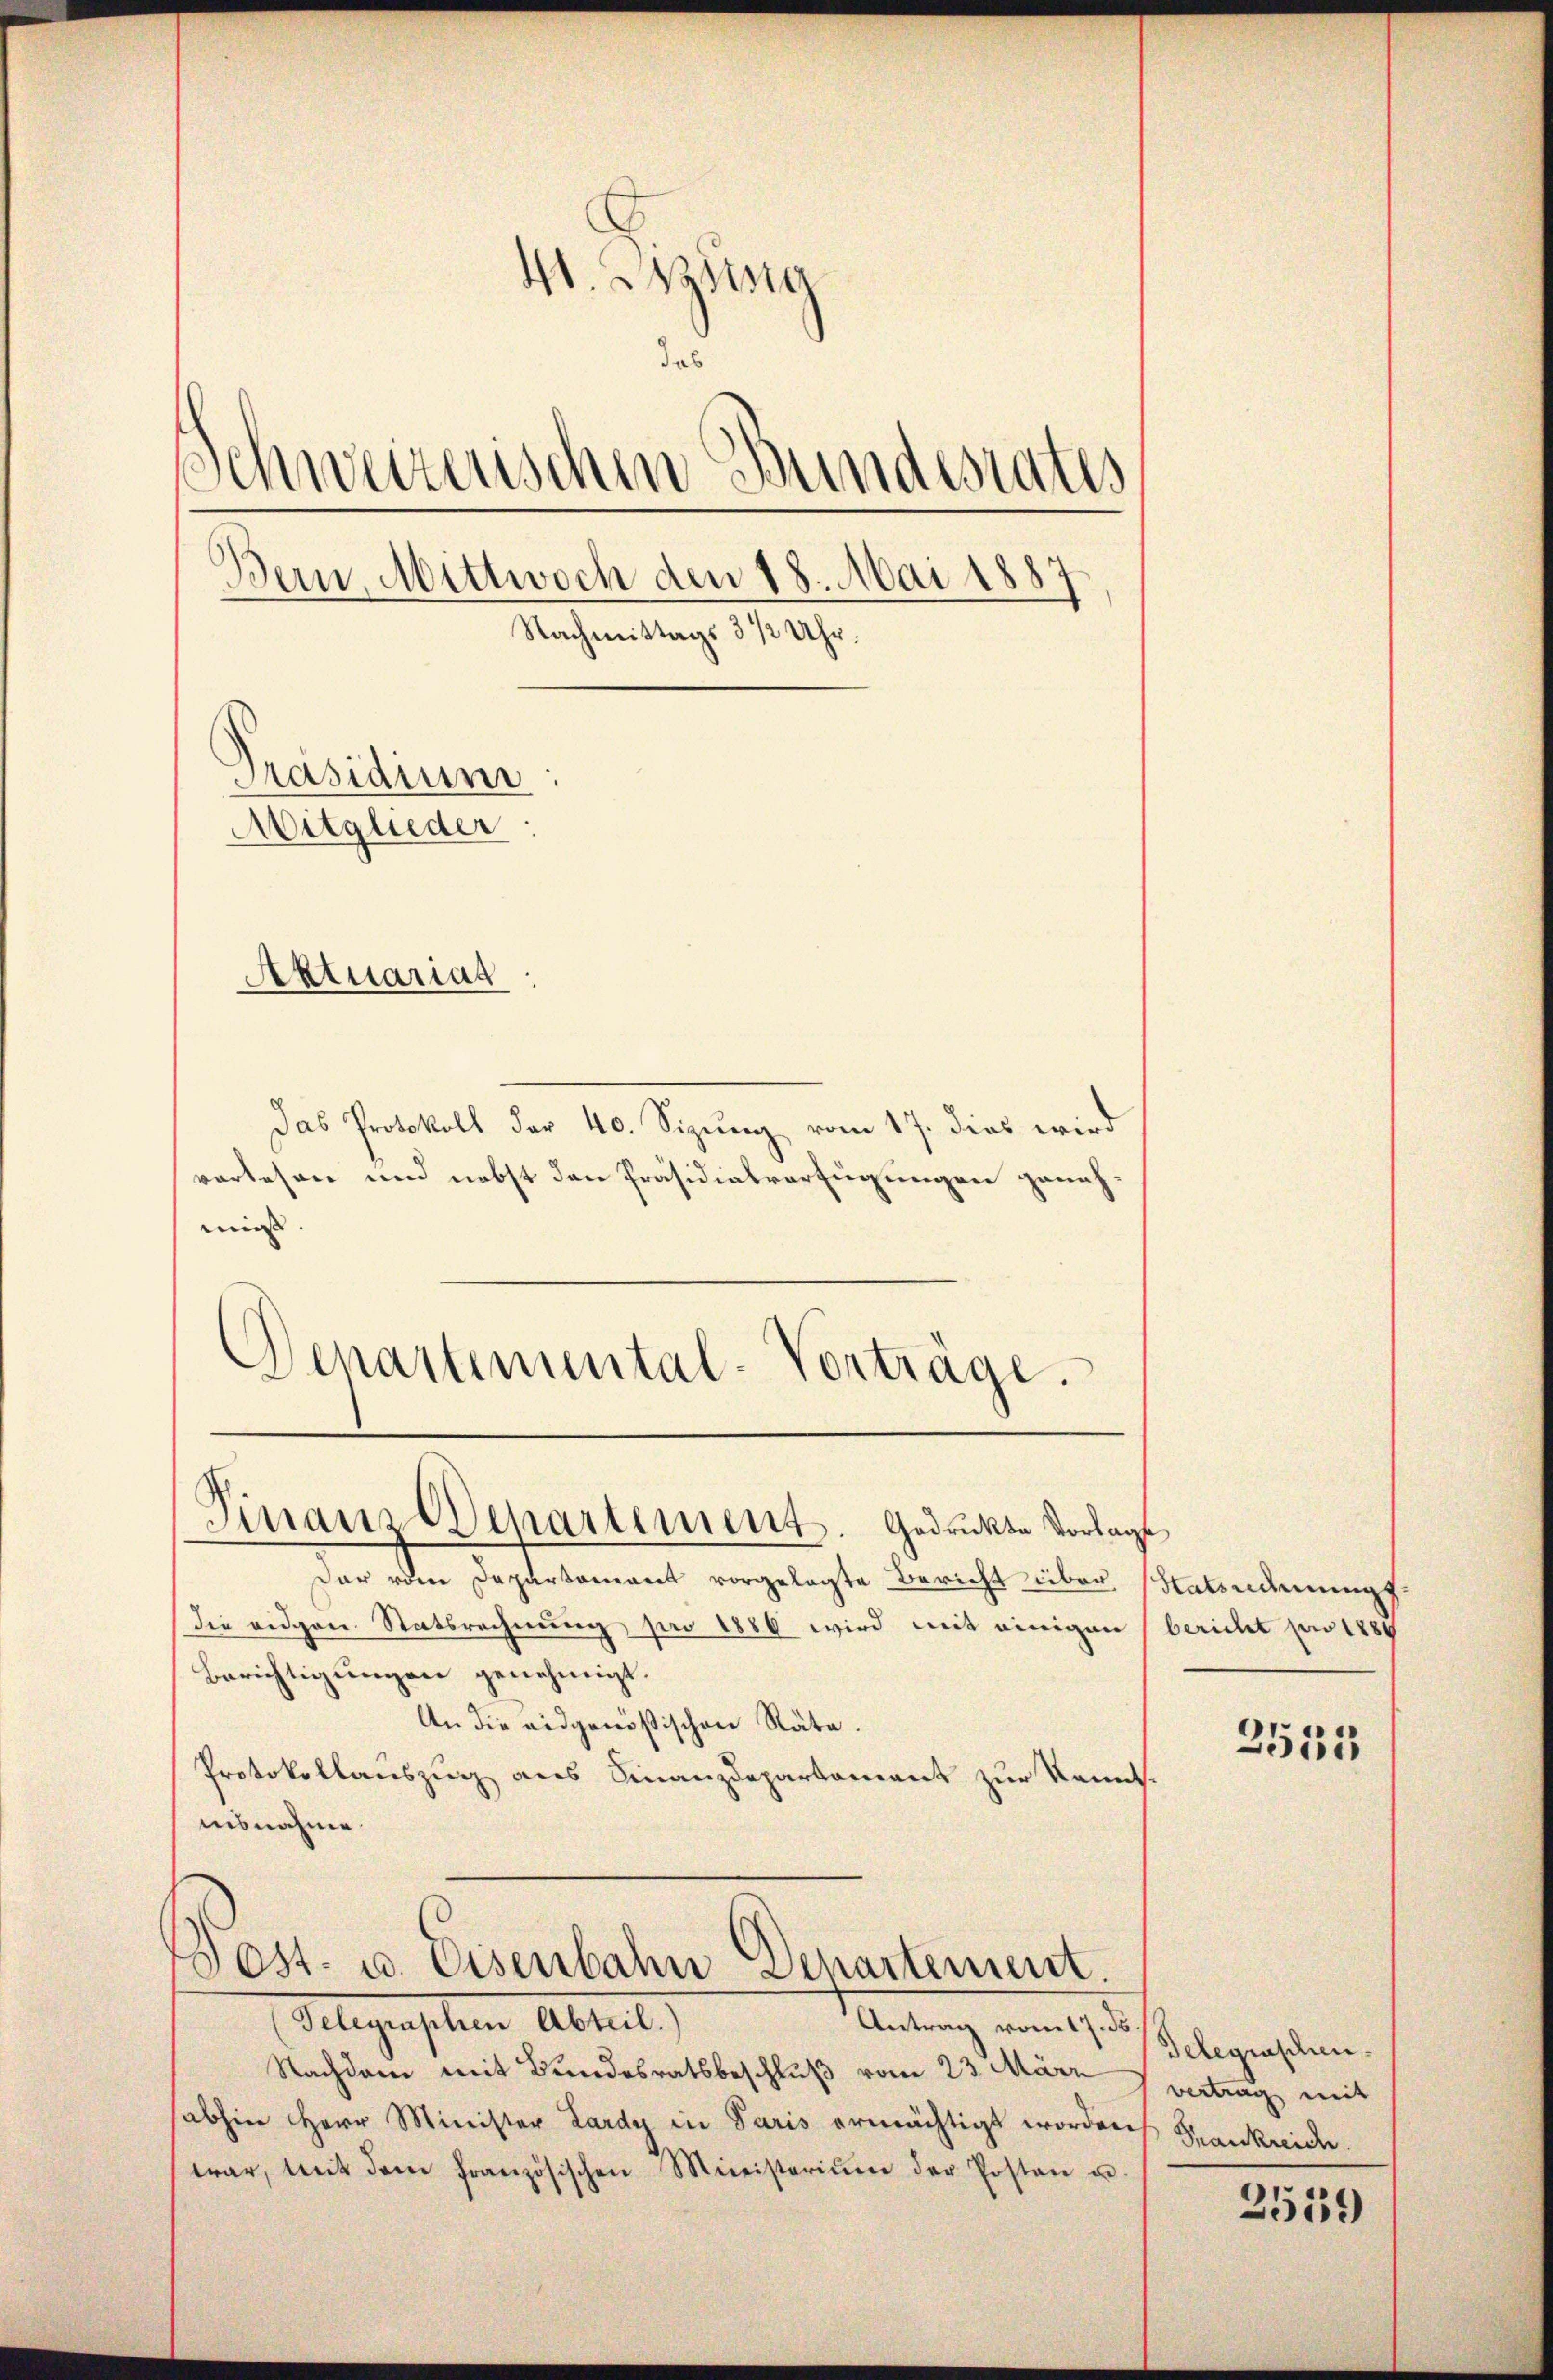
4. Mitsta
das
Schweizerischen Bundesrates
Bern, Mittwoch den 18. Mai 1887
Nachmittags 3 1/2 Uhr.
Präsidium
Mitglieder
Aktuariat

Das Protokoll der 40. Sizung vom 17. dies wird
vorlesen und nebst den Präsidialverfügungen genehmins
Denartimental-Vorträge.

Finanz Departement. Gedruckte Vorlage

Post- u. Eisenbahn Departement.

Der eine Departament vorgelegte Bericht über Habsuderungs
die eidgen Statsrechnung pro 1886 wird mit einigen (bericht pro 1889
Berichtigungen genehmigt.
An die eidgenößischen Räte.
Protokollauszug aus Finanzdepartement zur kannt.
iisnahme.

Alegenschen Abreit
Antrag vom 17. ds.
Nachdem mit Bundesratsbeschluß vom 23. März
sabhin Herr Minister Lardy in Paris ermächtigt worden
war, mit dem französischen Ministerium der Posten u.

2533

Telegraschen.
vertrag mit
Frankreich

2559